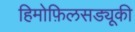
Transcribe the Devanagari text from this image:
हिमोफ़िलसड्यूकी